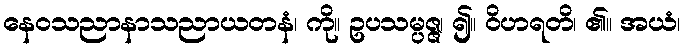
နေဝသညာနာသညာယတနံ၊ ကို။ ဥပသမ္ပဇ္ဇ၊ ၍။ ဝိဟရတိ၊ ၏။ အယံ၊